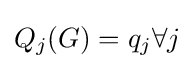
Q_{j}(G)=q_{j}\forall j